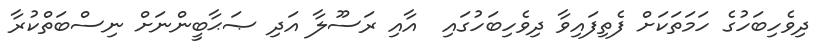
ދިވެހިބަހުގެ ހަމަތަކަށް ފެތިފައިވާ ދިވެހިބަހުގައި  އާއި ރަސޫލާ އަދި ޞަޙާބީންނަށް ނިސްބަތްކުރާ